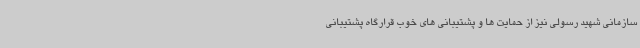
سازمانی شهید رسولی نیز از حمایت ها و پشتیبانی های خوب قرارگاه پشتیبانی